Report of the Indian Hemp Drugs Commission, 1894-1895 - Volume I
Year: 1894
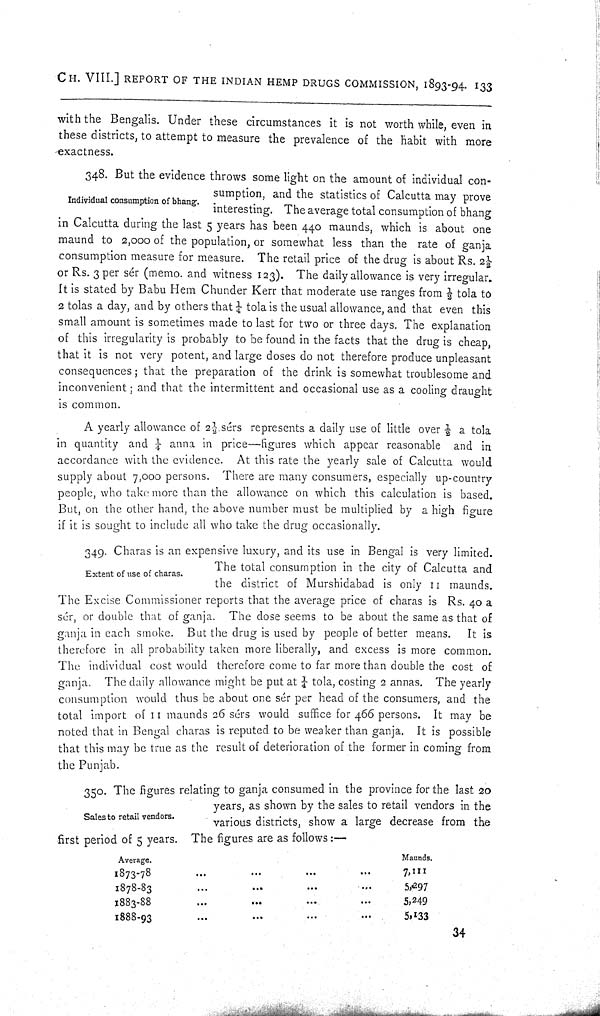
CH. VIII.] REPORT OF THE INDIAN HEMP DRUGS COMMISSION, 1893-94. 133
with the Bengalis. Under these circumstances it is not worth while, even in
these districts, to attempt to measure the prevalence of the habit with more
exactness.
Individual consumption of bhang.
348. But the evidence throws some light on the amount of individual con-
sumption, and the statistics of Calcutta may prove
interesting. The average total consumption of bhang
in Calcutta during the last 5 years has been 440 maunds, which is about one
maund to 2,000 of the population, or somewhat less than the rate of ganja
consumption measure for measure. The retail price of the drug is about Rs. 21/2
or Rs. 3 per sér (memo. and witness 123). The daily allowance is very irregular.
It is stated by Babu Hem Chunder Kerr that moderate use ranges from 1/2 tola to
2 tolas a day, and by others that 1/4 tola is the usual allowance, and that even this
small amount is sometimes made to last for two or three days. The explanation
of this irregularity is probably to be found in the facts that the drug is cheap,
that it is not very potent, and large doses do not therefore produce unpleasant
consequences; that the preparation of the drink is somewhat troublesome and
inconvenient; and that the intermittent and occasional use as a cooling draught
is common.
A yearly allowance of 21/2 sérs represents a daily use of little over 1/2 a tola
in quantity and 1/4 anna in price—figures which appear reasonable and in
accordance with the evidence. At this rate the yearly sale of Calcutta would
supply about 7,000 persons. There are many consumers, especially up-country
people, who take more than the allowance on which this calculation is based.
But, on the other hand, the above number must be multiplied by a high figure
if it is sought to include all who take the drug occasionally.
Extent of use of charas.
349. Charas is an expensive luxury, and its use in Bengal is very limited.
The total consumption in the city of Calcutta and
the district of Murshidabad is only 11 maunds.
The Excise Commissioner reports that the average price of charas is Rs. 40 a
sér, or double that of ganja. The dose seems to be about the same as that of
ganja in each smoke. But the drug is used by people of better means. It is
therefore in all probability taken more liberally, and excess is more common.
The individual cost would therefore come to far more than double the cost of
ganja. The daily allowance might be put at 1/4 tola, costing 2 annas. The yearly
consumption would thus be about one sér per head of the consumers, and the
total import of 11 maunds 26 sérs would suffice for 466 persons. It may be
noted that in Bengal charas is reputed to be weaker than ganja. It is possible
that this may be true as the result of deterioration of the former in coming from
the Punjab.
Sales to retail vendors.
350. The figures relating to ganja consumed in the province for the last 20
years, as shown by the sales to retail vendors in the
various districts, show a large decrease from the
first period of 5 years. The figures are as follows:—
Average.
Maunds.
1873-78
7,111
1878-83
5,297
1883-88
5,249
1888-93
5,133
34